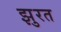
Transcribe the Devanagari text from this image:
झुरत